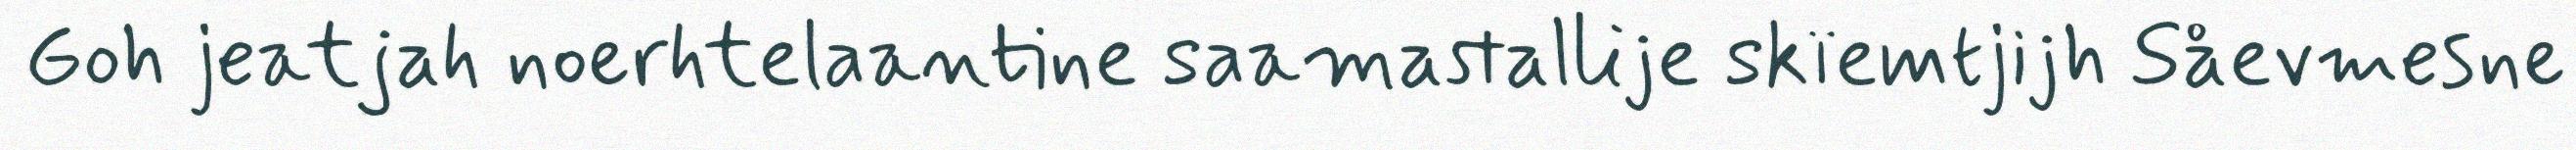
Goh jeatjah noerhtelaantine saamastallije skïemtjijh Såevmesne